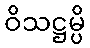
ဝိသဋ္ဌမ္ပိ